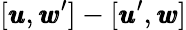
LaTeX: [{\pmb u},{\pmb w}^{\prime}]-[{\pmb u}^{\prime},{\pmb w}]